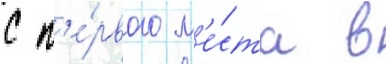
с п'е́рвого м'е́ста в